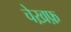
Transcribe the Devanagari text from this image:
चेख़फ़